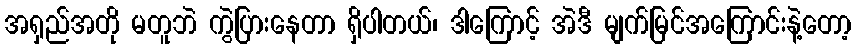
အရှည်အတို မတူဘဲ ကွဲပြားနေတာ ရှိပါတယ်၊ ဒါကြောင့် အဲဒီ မျက်မြင်အကြောင်းနဲ့တော့